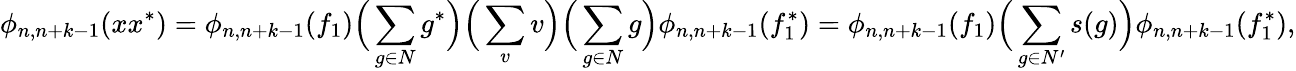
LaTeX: \phi_{n,n+k-1}(xx^{*})=\phi_{n,n+k-1}(f_{1})\Big(\sum_{g\in N}g^{*}\Big)\Big(\sum_{v}v\Big)\Big(\sum_{g\in N}g\Big)\phi_{n,n+k-1}(f_{1}^{*})=\phi_{n,n+k-1}(f_{1})\Big(\sum_{g\in N^{\prime}}s(g)\Big)\phi_{n,n+k-1}(f_{1}^{*}),